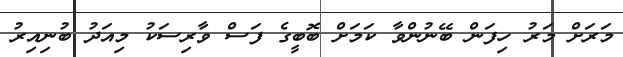
މަރަށް މަރު ހިފަން ބޭނުންވާ ކަމަށް ބޮބީގެ ފަސް ވާރިސަކު މިއަދު ބުނިއިރު